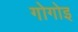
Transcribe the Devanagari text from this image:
गोगोइ